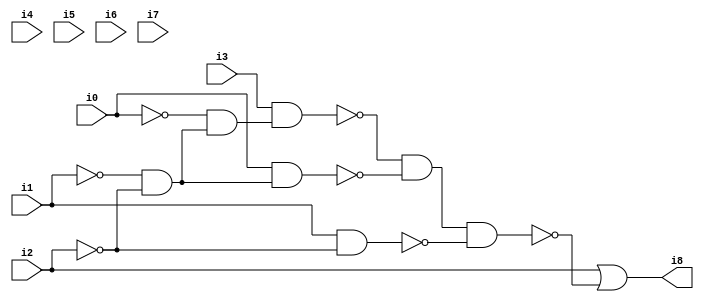
// Benchmark "SKOLEMFORMULA" written by ABC on Mon May  4 15:53:41 2020

module SKOLEMFORMULA ( 
    i0, i1, i2, i3, i4, i5, i6, i7,
    i8  );
  input  i0, i1, i2, i3, i4, i5, i6, i7;
  output i8;
  wire n10, n11, n12, n13, n14, n15, n16;
  assign n10 = ~i1 & ~i2;
  assign n11 = ~i0 & n10;
  assign n12 = i3 & n11;
  assign n13 = i0 & n10;
  assign n14 = ~n12 & ~n13;
  assign n15 = i1 & ~i2;
  assign n16 = n14 & ~n15;
  assign i8 = i2 | ~n16;
endmodule